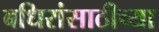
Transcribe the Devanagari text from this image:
बधिरांसाठीच्या